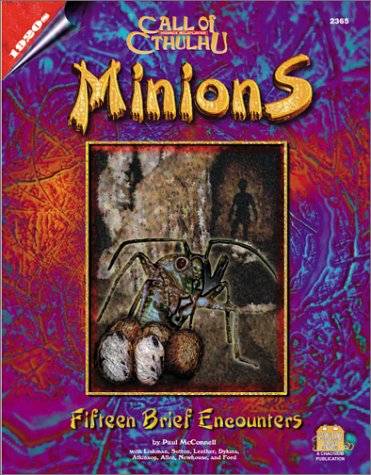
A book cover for Minions: Fifteen Brief Encounters (Call of Cthulhu); Paul McConnell; Science Fiction & Fantasy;